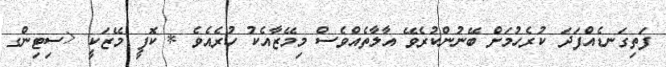
ފަތިގަނޑެއްފަދަ ކުރެހުމަށް ބޭނުންކުރެވޭ އާލާތެއްވެސް މިމޭޒާއެކު ހުރެއެވެ * ކޮފީ މޭޒަކީ <ސިޓިންގ